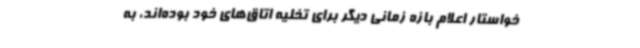
خواستار اعلام بازه زمانی دیگر برای تخلیه اتاق‌های خود بوده‌اند، به